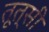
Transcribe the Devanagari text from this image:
तूत्सी